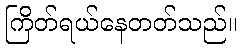
ကြိတ်ရယ်နေတတ်သည်။